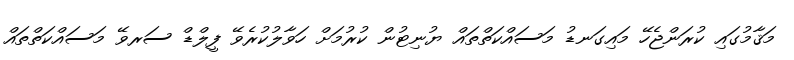
މަޤާމުގައި ކުރަންޖެހޭ މައިގަނޑު މަސައްކަތްތައް ޔުނިޓުން ކުރުމަށް ހަވާލުކުރެވޭ ފީލްޑް ސަރވޭ މަސައްކަތްތައް